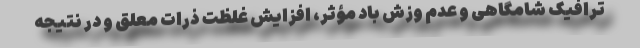
ترافیک شامگاهی و عدم وزش باد مؤثر، افزایش غلظت ذرات معلق و در نتیجه